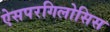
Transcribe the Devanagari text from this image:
ऐसपरगिलोसिस